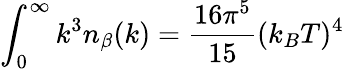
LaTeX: \int_{0}^{\infty}k^{3}n_{\beta}(k)=\frac{16\pi^{5}}{15}(k_{B}T)^{4}